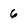
Character: 6